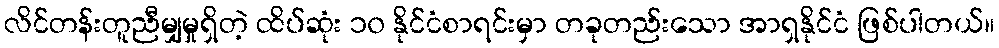
လိင်တန်းတူညီမျှမှုရှိတဲ့ ထိပ်ဆုံး ၁၀ နိုင်ငံစာရင်းမှာ တခုတည်းသော အာရှနိုင်ငံ ဖြစ်ပါတယ်။